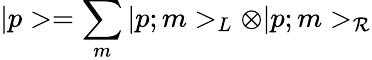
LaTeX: |p>=\sum_{m}|p;m>_{L}\otimes|p;m>_{\mathcal{R}}